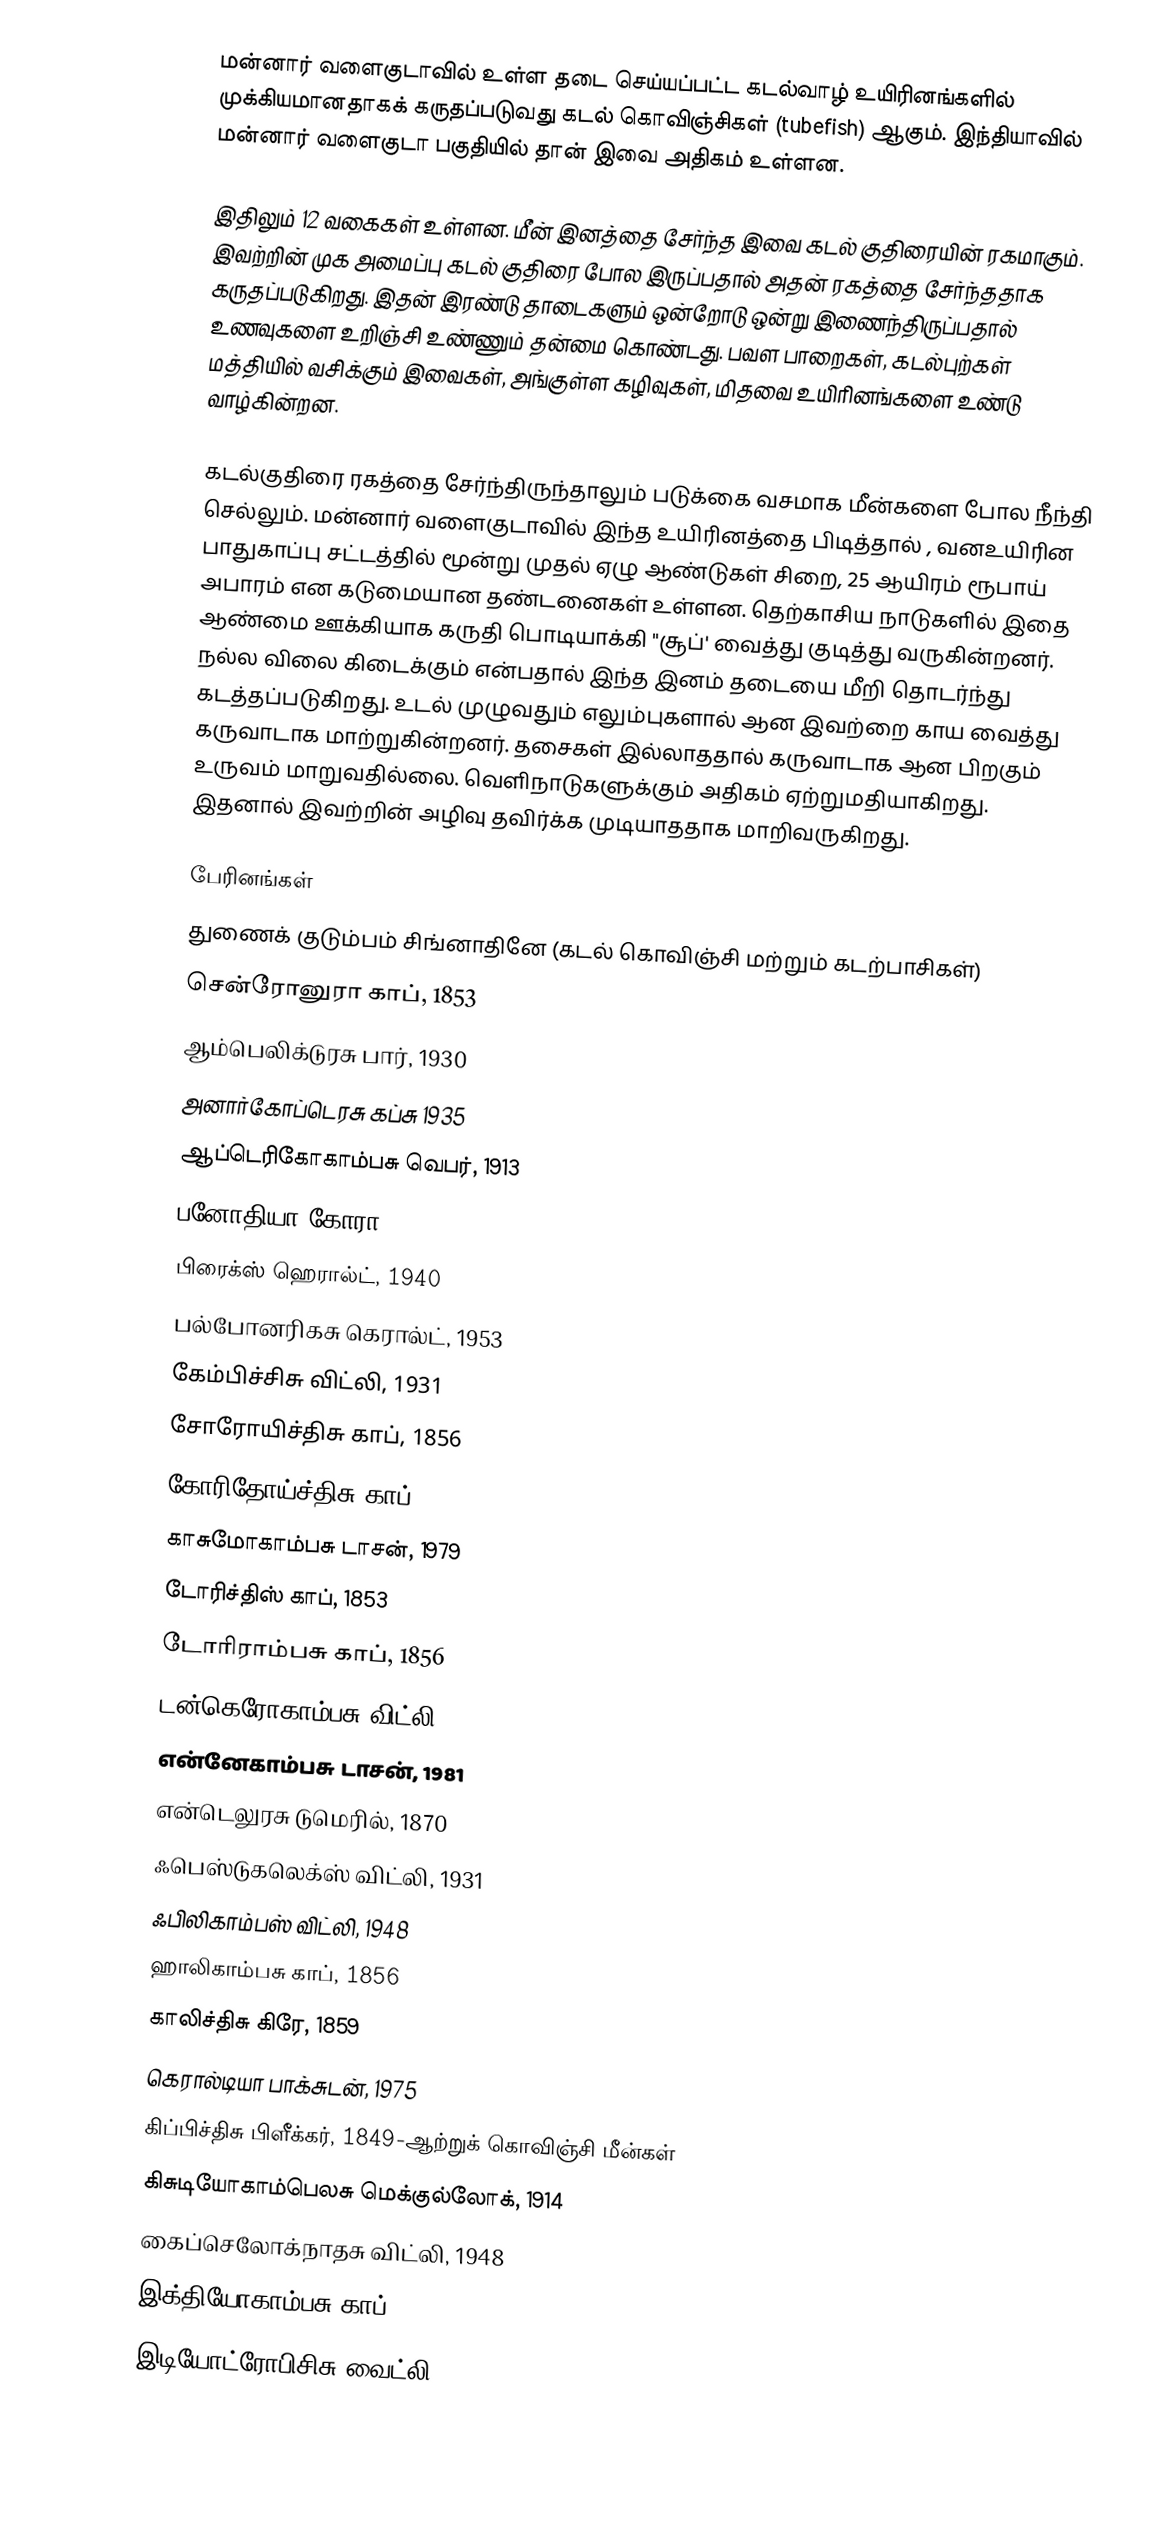
மன்னார் வளைகுடாவில் உள்ள தடை செய்யப்பட்ட கடல்வாழ் உயிரினங்களில் முக்கியமானதாகக் கருதப்படுவது கடல் கொவிஞ்சிகள் (tubefish) ஆகும். இந்தியாவில் மன்னார் வளைகுடா பகுதியில் தான் இவை அதிகம் உள்ளன.

இதிலும் 12 வகைகள் உள்ளன. மீன் இனத்தை சேர்ந்த இவை கடல் குதிரையின் ரகமாகும். இவற்றின் முக அமைப்பு கடல் குதிரை போல இருப்பதால் அதன் ரகத்தை சேர்ந்ததாக கருதப்படுகிறது. இதன் இரண்டு தாடைகளும் ஒன்றோடு ஒன்று இணைந்திருப்பதால் உணவுகளை உறிஞ்சி உண்ணும் தன்மை கொண்டது. பவள பாறைகள், கடல்புற்கள் மத்தியில் வசிக்கும் இவைகள், அங்குள்ள கழிவுகள், மிதவை உயிரினங்களை உண்டு வாழ்கின்றன.

கடல்குதிரை ரகத்தை சேர்ந்திருந்தாலும் படுக்கை வசமாக மீன்களை போல நீந்தி செல்லும். மன்னார் வளைகுடாவில் இந்த உயிரினத்தை பிடித்தால் , வனஉயிரின பாதுகாப்பு சட்டத்தில் மூன்று முதல் ஏழு ஆண்டுகள் சிறை, 25 ஆயிரம் ரூபாய் அபாரம் என கடுமையான தண்டனைகள் உள்ளன. தெற்காசிய நாடுகளில் இதை ஆண்மை ஊக்கியாக கருதி பொடியாக்கி "சூப்' வைத்து குடித்து வருகின்றனர். நல்ல விலை கிடைக்கும் என்பதால் இந்த இனம் தடையை மீறி தொடர்ந்து கடத்தப்படுகிறது. உடல் முழுவதும் எலும்புகளால் ஆன இவற்றை காய வைத்து கருவாடாக மாற்றுகின்றனர். தசைகள் இல்லாததால் கருவாடாக ஆன பிறகும் உருவம் மாறுவதில்லை. வெளிநாடுகளுக்கும் அதிகம் ஏற்றுமதியாகிறது. இதனால் இவற்றின் அழிவு தவிர்க்க முடியாததாக மாறிவருகிறது.

பேரினங்கள்
துணைக் குடும்பம் சிங்னாதினே (கடல் கொவிஞ்சி மற்றும் கடற்பாசிகள்)
 சென்ரோனுரா காப், 1853
 ஆம்பெலிக்டுரசு பார், 1930
 அனார்கோப்டெரசு கப்சு 1935
 ஆப்டெரிகோகாம்பசு வெபர், 1913
 பனோதியா கோரா 1926
 பிரைக்ஸ் ஹெரால்ட், 1940
 பல்போனரிகசு கெரால்ட், 1953
 கேம்பிச்சிசு விட்லி, 1931
 சோரோயிச்திசு காப், 1856
 கோரிதோய்ச்திசு காப், 1853
 காசுமோகாம்பசு டாசன், 1979
 டோரிச்திஸ் காப், 1853
 டோரிராம்பசு காப், 1856
 டன்கெரோகாம்பசு விட்லி, 1933
 என்னேகாம்பசு டாசன், 1981
  என்டெலுரசு டுமெரில், 1870
 ஃபெஸ்டுகலெக்ஸ் விட்லி, 1931
 ஃபிலிகாம்பஸ் விட்லி, 1948
  ஹாலிகாம்பசு காப், 1856
 காலிச்திசு கிரே, 1859
 கெரால்டியா பாக்சுடன், 1975
 கிப்பிச்திசு பிளீக்கர், 1849-ஆற்றுக் கொவிஞ்சி மீன்கள்
 கிசுடியோகாம்பெலசு மெக்குல்லோக், 1914
 கைப்செலோக்நாதசு விட்லி, 1948
 இக்தியோகாம்பசு காப், 1853
 இடியோட்ரோபிசிசு வைட்லி, 1947